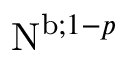
\mathrm { N } ^ { \mathrm { b } ; 1 - p }